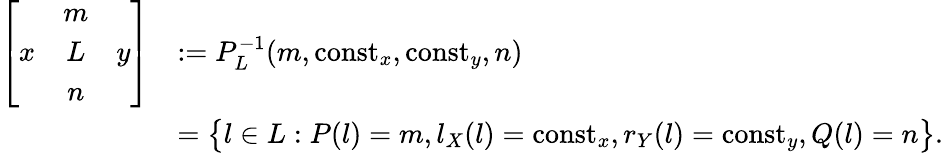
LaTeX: \begin{array}{rl}{\left[\begin{array}{ccc}&{m}&\\ {x}&{L}&{y}\\ &{n}&\end{array}\right]}&{:=P_{L}^{-1}(m,{\mathrm{const}}_{x},{\mathrm{const}}_{y},n)}\\ &{=\big\{ l\in L:P(l)=m,l_{X}(l)={\mathrm{const}}_{x},r_{Y}(l)={\mathrm{const}}_{y},Q(l)=n\big\} .}\end{array}